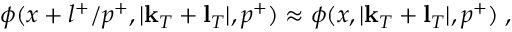
\phi ( x + l ^ { + } / p ^ { + } , | { \bf k } _ { T } + { \bf l } _ { T } | , p ^ { + } ) \approx \phi ( x , | { \bf k } _ { T } + { \bf l } _ { T } | , p ^ { + } ) \; ,